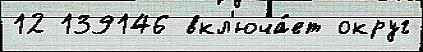
12 139146 вкл'юча́ет округ